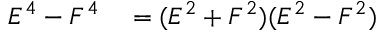
\begin{array} { r l } { E ^ { 4 } - F ^ { 4 } } & { { } = ( E ^ { 2 } + F ^ { 2 } ) ( E ^ { 2 } - F ^ { 2 } ) } \end{array}